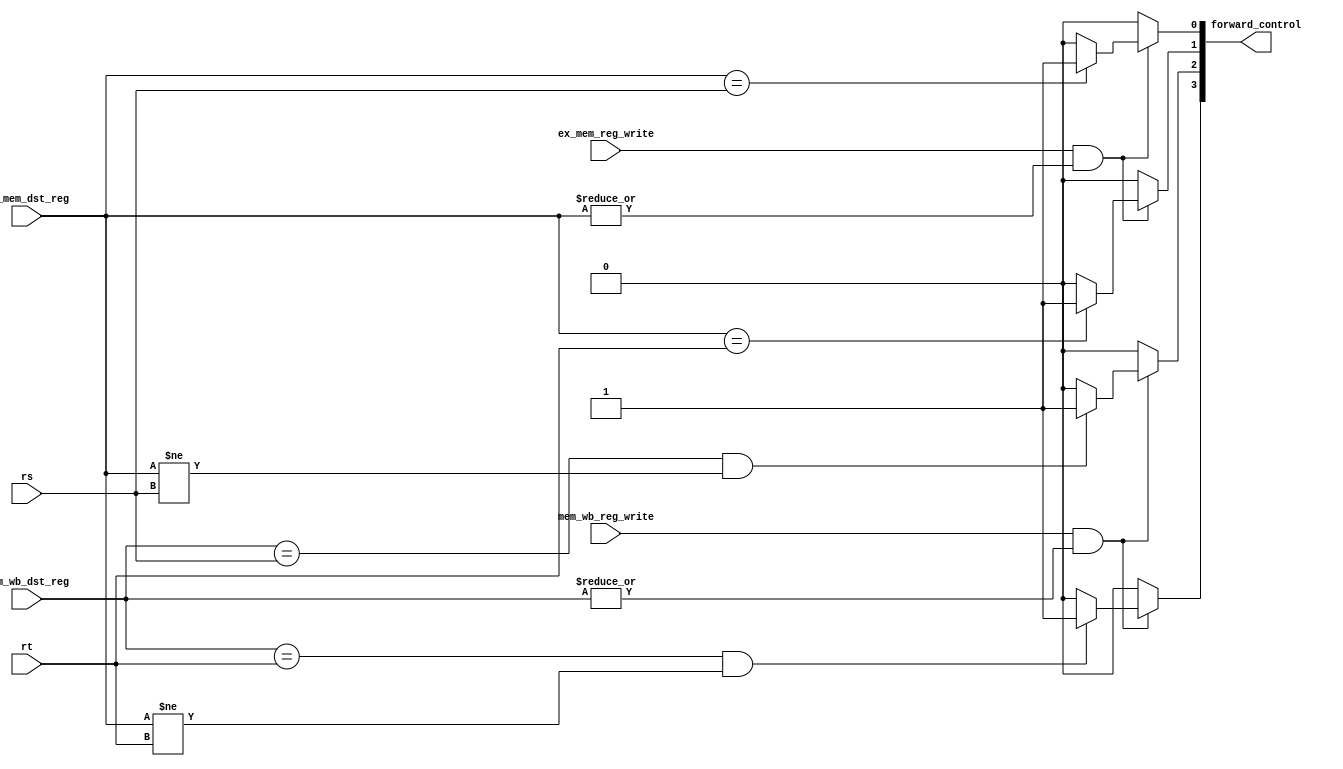
module base_forwarding_unit ( input            ex_mem_reg_write, 
                              input            mem_wb_reg_write,
                              input      [4:0] ex_mem_dst_reg, 
                              input      [4:0] mem_wb_dst_reg, 
                              input      [4:0] rs, 
                              input      [4:0] rt,
                              output reg [3:0] forward_control);
     reg ex_mem_dst_reg_is_not_zero;
     reg mem_wb_dst_reg_is_not_zero;
     always @* begin
          ex_mem_dst_reg_is_not_zero = |ex_mem_dst_reg;
          mem_wb_dst_reg_is_not_zero = |mem_wb_dst_reg;
          forward_control = 4'h0;        
          if (ex_mem_reg_write & ex_mem_dst_reg_is_not_zero) begin
               if (ex_mem_dst_reg == rs) 
                    forward_control[0] = 1'b1;
               else 
                    forward_control[0] = 1'b0;
               if (ex_mem_dst_reg == rt) 
                    forward_control[1] = 1'b1;
               else 
                    forward_control[1] = 1'b0;
          end
          else 
               forward_control[1:0] = 2'b00;
          if (mem_wb_reg_write & mem_wb_dst_reg_is_not_zero) begin
               if ((mem_wb_dst_reg == rs) & (ex_mem_dst_reg != rs)) 
                    forward_control[2] = 1'b1;
               else 
                    forward_control[2] = 1'b0;
               if ((mem_wb_dst_reg == rt) & (ex_mem_dst_reg != rt))
                    forward_control[3] = 1'b1;
               else 
                    forward_control[3] = 1'b0;
          end
          else
               forward_control[3:2] = 2'b00;
     end
endmodule